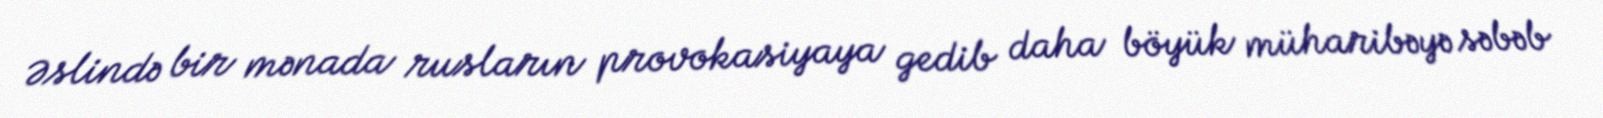
Əslində bir mənada rusların provokasiyaya gedib daha böyük müharibəyə səbəb